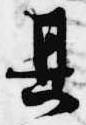
其